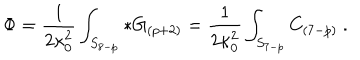
LaTeX: \Phi = { \frac { 1 } { 2 \kappa _ { 0 } ^ { 2 } } } \int _ { S _ { 8 - p } } * G _ { ( p + 2 ) } = { \frac { 1 } { 2 \kappa _ { 0 } ^ { 2 } } } \int _ { S _ { 7 - p } } C _ { ( 7 - p ) } \ .